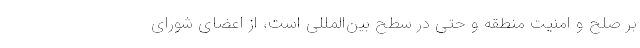
بر صلح و امنیت منطقه‌ و حتی در سطح بین‌المللی است، از اعضای شورای